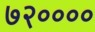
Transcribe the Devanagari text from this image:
७२००००